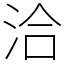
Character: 洽